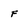
Character: F